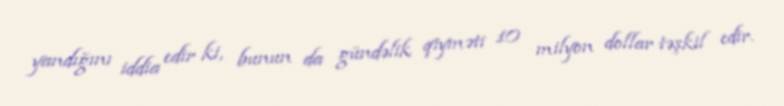
yandığını iddia edir ki, bunun da gündəlik qiyməti 10 milyon dollar təşkil edir.